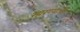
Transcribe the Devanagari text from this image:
सारण्याची